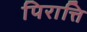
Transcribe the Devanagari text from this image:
पिरात्ति